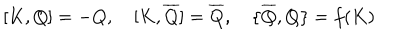
LaTeX: { [ } K , Q { ] } = - Q , \quad { [ } K , \overline { { { Q } } } { ] } = \overline { { { Q } } } , \quad { \{ } \overline { { { Q } } } , Q { \} } = f ( K )